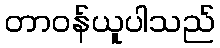
တာဝန်ယူပါသည်